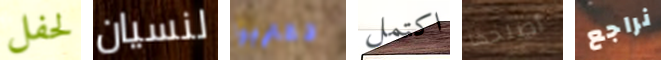
لحفل لنسيان تقتربوا اكتمل أصلحها نراجع